Civil Veterinary Dept. Assam report 1927-50 - 1927-1950
Year: 1927
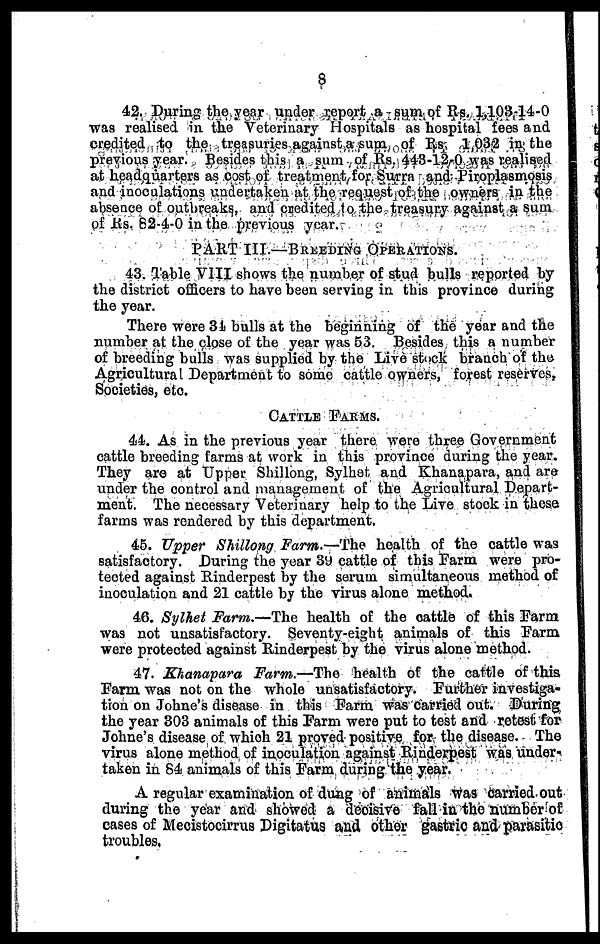
8
42. During the year under report a sum of Rs. 1,103-14-0
was realised in the Veterinary Hospitals as hospital fees and
credited to the treasuries against a sum of Rs 1,032 in the
previous year. Besides this a sum of Rs. 443-12-0 was realised
at headquarters as cost of treatment for Surra and Piroplasmosis
and inoculations undertaken at the request of the owners in the
absence of outbreaks, and credited to the treasury against a sum
of Rs. 82-4-0 in the previous year.
PART III.—BREEDING OPERATIONS.
43. Table VIII shows the number of stud bulls reported by
the district officers to have been serving in this province during
the year.
There were 31 bulls at the beginning of the year and the
number at the close of the year was 53. Besides this a number
of breeding bulls was supplied by the Live stock branch of the
Agricultural Department to some cattle owners, forest reserves.
Societies, etc.
CATTLE FARMS.
44. As in the previous year there were three Government
cattle breeding farms at work in this province during the year.
They are at Upper Shillong, Sylhet and Khanapara, and are
under the control and management of the Agricultural Depart-
ment. The necessary Veterinary help to the Live stock in these
farms was rendered by this department.
45. Upper Shillong Farm.—The health of the cattle was
satisfactory. During the year 39 cattle of this Farm were pro-
tected against Rinderpest by the serum simultaneous method of
inoculation and 21 cattle by the virus alone method.
46. Sylhet Farm.—The health of the cattle of this Farm
was not unsatisfactory. Seventy-eight animals of this Farm
were protected against Rinderpest by the virus alone method.
47. Khanapara Farm.—The health of the cattle of this
Farm was not on the whole unsatisfactory. Further investiga-
tion on Johne's disease in this Farm was carried out. During
the year 303 animals of this Farm were put to test and retest for
Johne's disease of which 21 proved positive for the disease. The
virus alone method of inoculation against Rinderpest was under-
taken in 84 animals of this Farm during the year.
A regular examination of dung of animals was carried out
during the year and showed a decisive fall in the number of
cases of Mecistocirrus Digitatus and other gastric and parasitic
troubles.